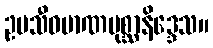
ဥပသီဝမာဏပုစ္ဆာနိဒ္ဒေသ။